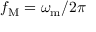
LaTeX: f _ { \mathrm { M } } = \omega _ { \mathrm { m } } / 2 \pi